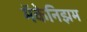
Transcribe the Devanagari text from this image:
मॅकेनिझम